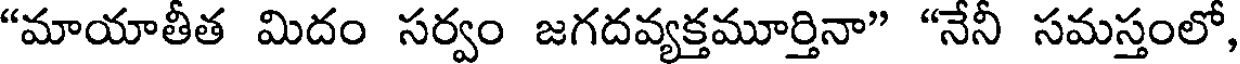
"మాయాతీత మిదం సర్వం జగదవ్యక్తమూర్తినా" "నేనీ సమస్తంలో,